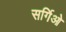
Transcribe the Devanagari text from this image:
सर्गिओ